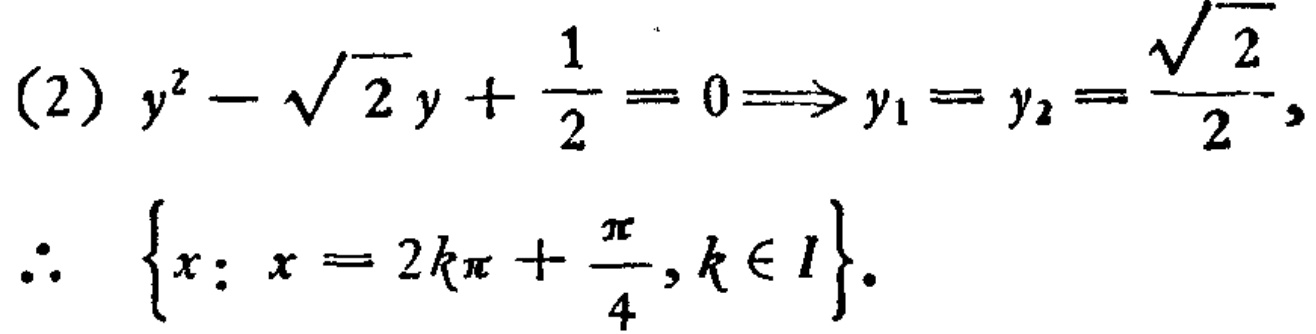
(2) \(y^{2}-\sqrt{2}y+\frac{1}{2}=0\Longrightarrow y_{1}=y_{2}=\frac{\sqrt{2}}{2},\)

\(\therefore \left\{x: x = 2k\pi+\frac{\pi}{4},k\in I\right\}.\)